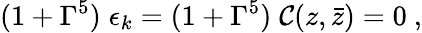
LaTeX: (1+\Gamma^{5})\; \epsilon_{k}=(1+\Gamma^{5})\; \mathcal{C}(z,\bar{{z}})=0\ ,